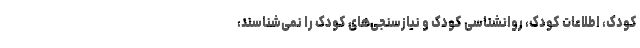
کودک، اطلاعات کودک، روانشناسی کودک و نیازسنجی‌های کودک را نمی‌شناسند،